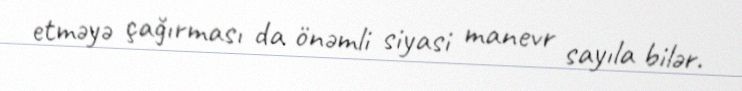
etməyə çağırması da önəmli siyasi manevr sayıla bilər.